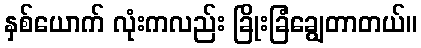
နှစ်ယောက် လုံးကလည်း ခြိုးခြံချွေတာတယ်။